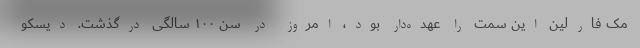
مک فارلین این سمت را عهده‌دار بود، امروز در سن ۱۰۰ سالگی درگذشت. دیسکو